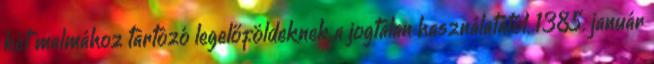
két malmához tartozó legelőföldeknek a jogtalan használatától. 1385. január